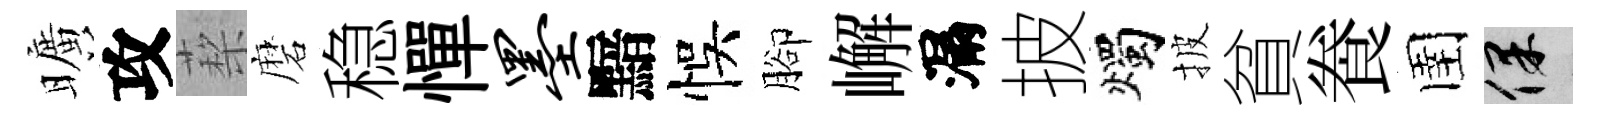
曠攻蔾磨稳憚墨黯悞腳嶰漏披燭披貧飬圉保